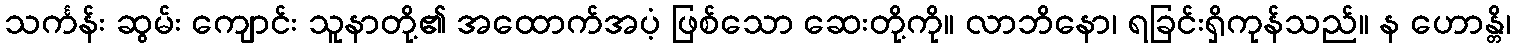
သင်္ကန်း ဆွမ်း ကျောင်း သူနာတို့၏ အထောက်အပံ့ ဖြစ်သော ဆေးတို့ကို။ လာဘိနော၊ ရခြင်းရှိကုန်သည်။ န ဟောန္တိ၊